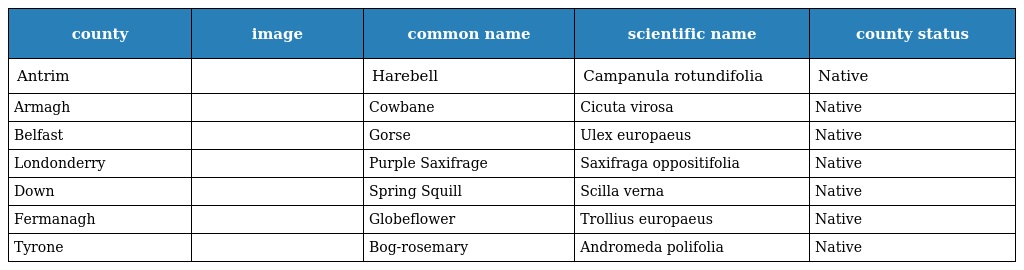
| county | image | common name | scientific name | county status |
 | --- | --- | --- | --- | --- |
 | Antrim |  | Harebell | Campanula rotundifolia | Native |
 | Armagh |  | Cowbane | Cicuta virosa | Native |
 | Belfast |  | Gorse | Ulex europaeus | Native |
 | Londonderry |  | Purple Saxifrage | Saxifraga oppositifolia | Native |
 | Down |  | Spring Squill | Scilla verna | Native |
 | Fermanagh |  | Globeflower | Trollius europaeus | Native |
 | Tyrone |  | Bog-rosemary | Andromeda polifolia | Native |